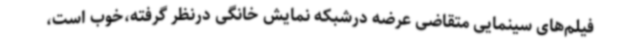
فیلم‌های سینمایی متقاضی عرضه درشبکه نمایش خانگی درنظر گرفته،خوب است،